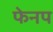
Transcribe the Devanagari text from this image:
फेनप